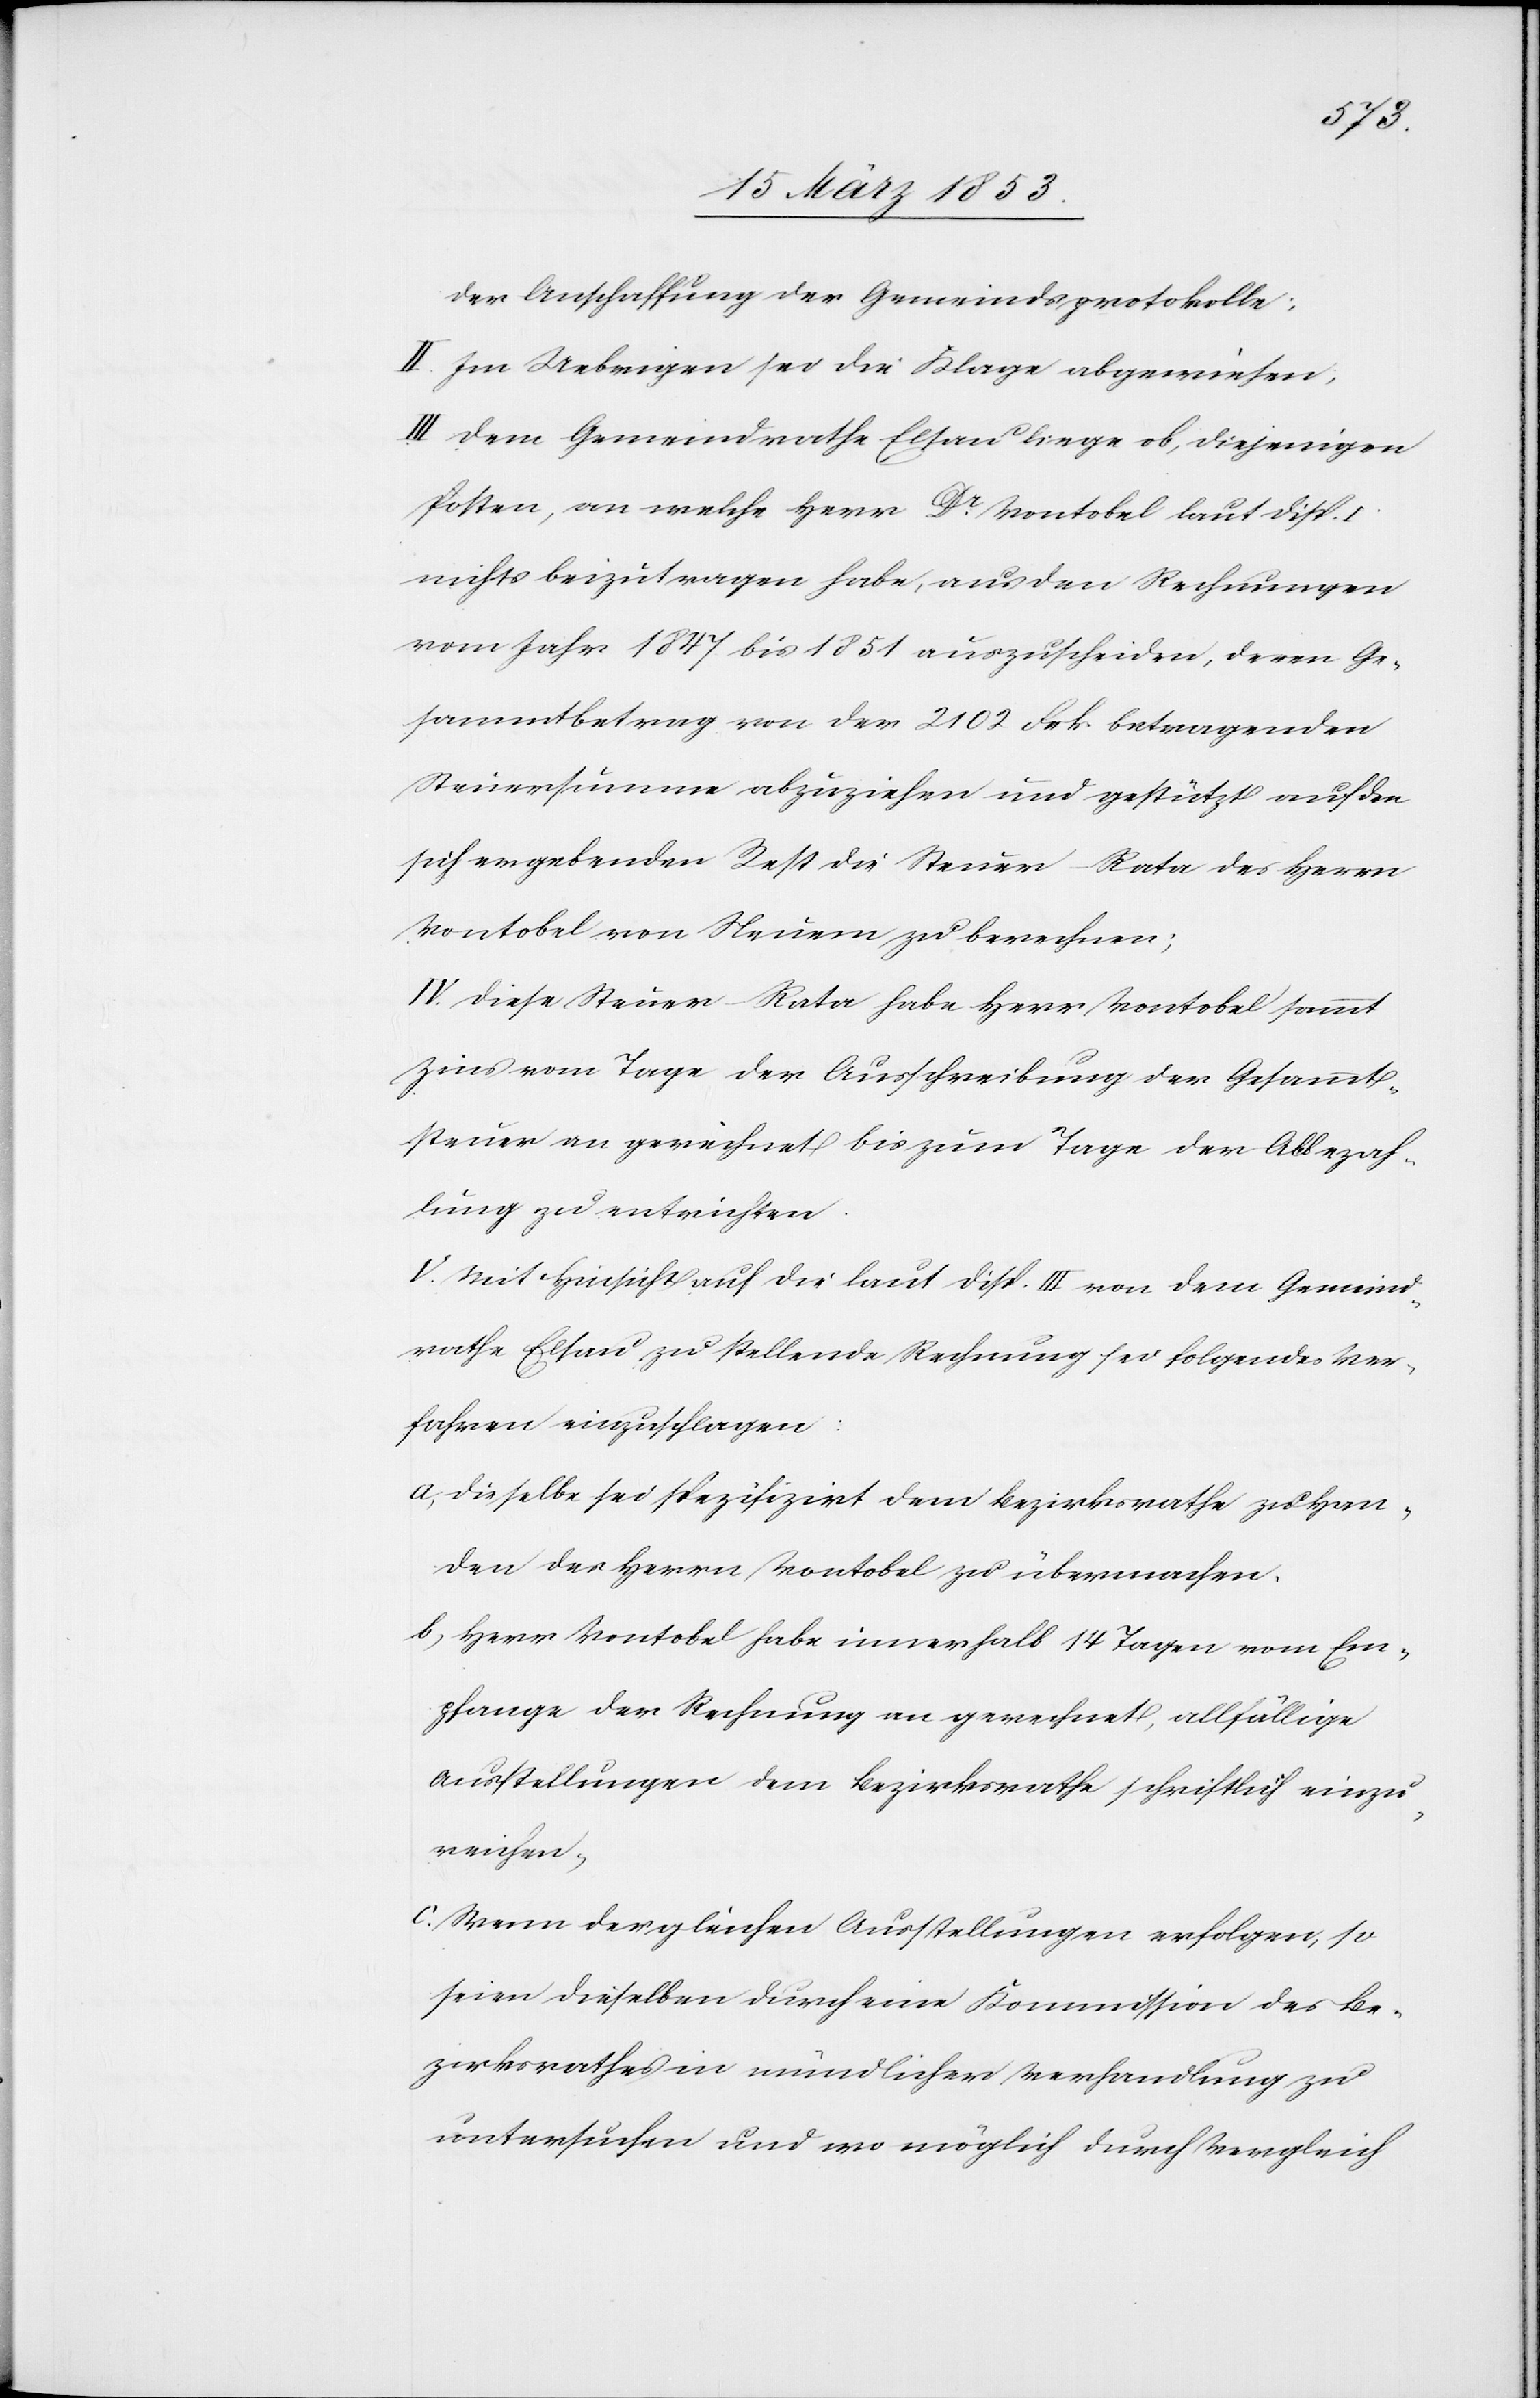
der Anschaffung der Gemeindsprotokolle;
II. Im Uebrigen sei die Klage abgewiesen,
III. Dem Gemeindrathe Elsau liege ob, diejenigen
Posten, an welche Herr Dr. Vontobel laut Disp.
nichts beizutragen habe, aus den Rechnungen
vom Jahr 1847 bis 1851 auszuscheiden, deren Ge¬
sammtbetrag von der 2102 Frk. betragenden
Steuersumme abzuziehen und gestützt auf den
sich ergebenden Rest die Steuer Rata des Herrn
Vontobel von Neuem zu berechnen;
IV. Diese Steuer Rata habe Herr Vontobel sammt
Zins vom Tage der Ausschreibung der Gesammt¬
steuer an gerechnet bis zum Tage der Abbezah¬
lung zu entrichten.
V. Mit Hinsicht auf die laut Disp. III. von dem Gemeind¬
rathe Elsau zu stellende Rechnung sei folgendes Ver¬
fahren einzuschlagen:
a) Dieselbe sei spezifizirt dem Bezirksrathe zu Han¬
den der Herrn Vontobel zu übermachen.
b) Herr Vontobel habe innerhalb 14 Tagen vom Em¬
pfange der Rechnung an gerechnet, allfällige
Ausstellungen dem Bezirksrathe schriftlich einzu¬
reichen.
c) Wenn dergleichen Ausstellungen erfolgen, so
seien dieselben durch eine Kommission des Be¬
zirksrathes in mündlicher Verhandlung zu
untersuchen und wo möglich durch Vergleich